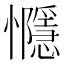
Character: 㦩